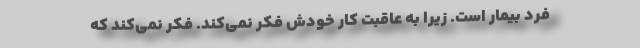
فرد بیمار است. زیرا به عاقبت کار خودش فکر نمی‌کند. فکر نمی‌کند که